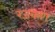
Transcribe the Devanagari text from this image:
रजकण